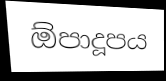
ඕපාදූපය